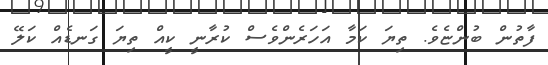
ފާތުން ބުންޏެވެ. ތިޔަ ކަމާ އަހަރެންވެސް ކުރާނީ ކީއް ތިޔަ ގަނޑެއް ކަލޭ